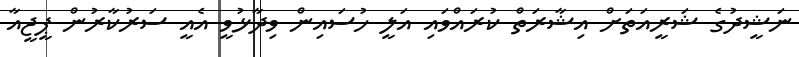
ނަޝީދުގެ ޝަރީއަތަށް އިޝާރަތް ކުރައްވައި އަލީ ހުސައިން ވިދާޅުވީ އެއީ ސަރުކާރުން ޕީޖީއާ